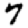
Digit: 7